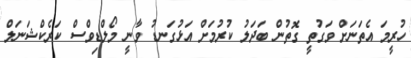
ހުރީމަ އެތަނަށް ވަގުތީ ގޮތުން ބަދަލު ކުރުމަށް އަޅުގަނޑު ވާނީ މޯލްޑިވްސް ކަރެކްޝަނަލް